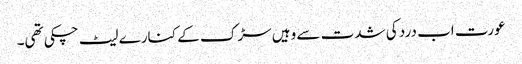
عورت اب درد کی شدت سے وہیں سڑک کے کنارے لیٹ چکی تھی۔